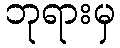
ဘုရားမှ